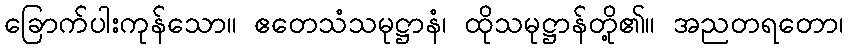
ခြောက်ပါးကုန်သော။ ဧတေသံသမုဋ္ဌာနံ၊ ထိုသမုဋ္ဌာန်တို့၏။ အညတရတော၊